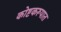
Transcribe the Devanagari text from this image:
कोष्टकरूपात